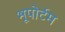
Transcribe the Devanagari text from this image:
भूपोर्टम